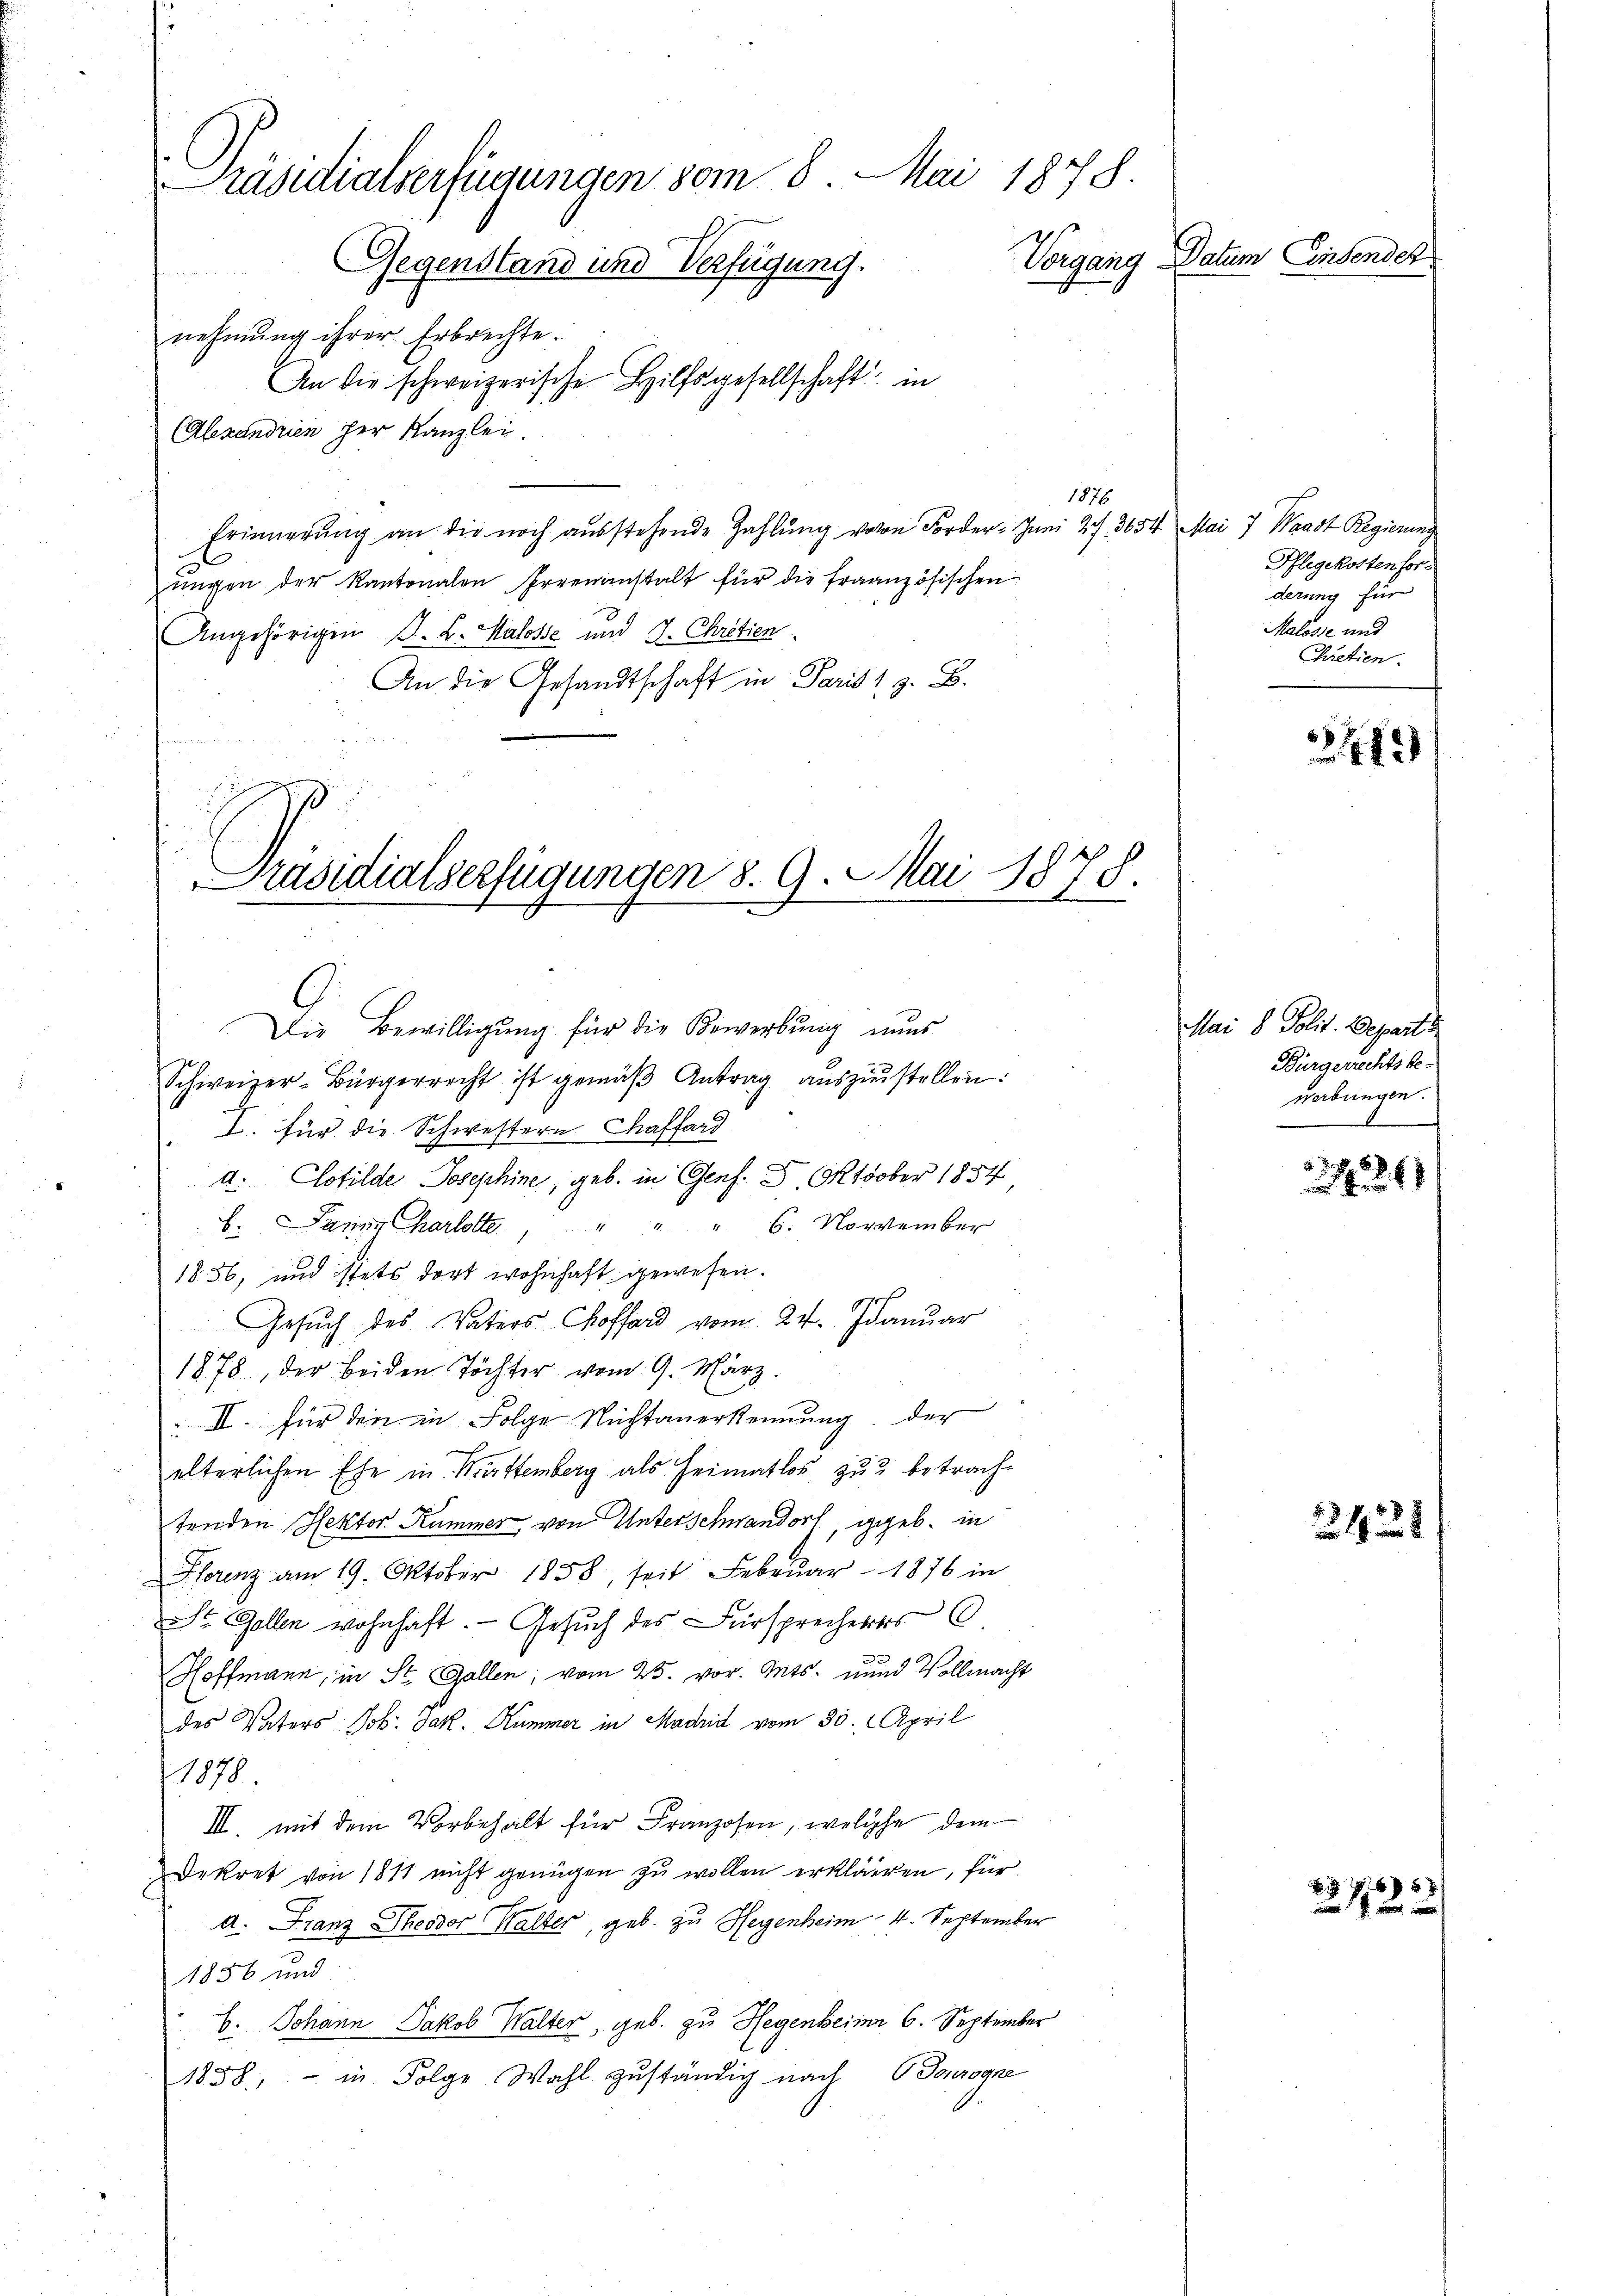
Präsidialverfügungen vom 8. Mai 1878
Vorgang Datum Einsendet
Gegenstand und Verfügung.
R von
nehmung ihrer Erbrechte.

An die schweizerische Hilfsgesellschaft in
(Alexandrien der Kanzlei.
Erinnerung an die noch ausstehende Zahlŭng von Forder- Juni 21. 3654 Mai 7 Waadt Regierung
ŭngen der Kantonalen Irrenanstalt für die französischen
Angehörigen A. L. Kalosse und J. Chretien
An die Gesandtschaft in Parist z. B.

.
Präsidialserfügungen 8. 9. Mai 1878.

Die Bewilligŭng für die Bewerbŭng nŭns
Schweizer-Bürgerrecht ist gemäβ Antrag aŭszŭstellen:
2. für die Schwestern Kaffend
a. Clofilde Josephine, geb. in Genf. 8. Oktober 1854
b. Dann Karlotte " " 6. November
1856, und stets dort wohnhaft gewesen.
Gesŭch des Vaters Choffard vom 24. Januar
1878, der beiden Töchter vom 9. März.
 II. für den in Folge Nichtanerkennung der
elterlichen Ehe in Muttemberg als Heimatlos zu betrachtenden Rektor Kummer, von Unterschwandorf, geb. in
Florenz am 19. Oktober 1858, seit Februar 1876 in
St. Gallen wohnhaft. Gesŭch des Fürsprecheres C.
Hoffmann, in St. Gallen, vom 25. vor. Mts. und Vollmacht
des Vaters Joh. Jak. Hummer in Madrid vom 30. April
1878
III. mit dem Vorbehalt für Franzosen, welche dem
Dekret von 1811 nicht genügen zu wollen erklärten, für
d. Franz Theodor Walter, geb. zu Hegenheim 4. September
1856 und
b. Johann Jakob Walter, geb. zu Hegenheimn 6. September
1858, in Folge Wahl zuständig nach Tourogne

1876

Pflegekostenforderung für
Malosse und
Chretien.

312

Mai 8 Polit. Depart
Bürgerrechts bewerbungen.
.

. .
41

2438

81
2122